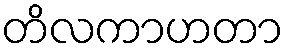
တိလကာဟတာ